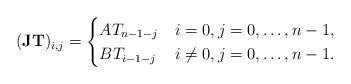
LaTeX: \begin{align*}(\mathbf{J}\mathbf{T})_{i,j}=\begin{cases}AT_{n-1-j} &i=0,j=0, \dots, n-1,\\BT_{i-1-j} &i\not=0,j=0, \dots, n-1.\end{cases}\end{align*}